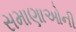
સમાણાઓની